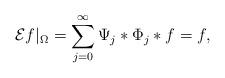
LaTeX: \begin{align*} \mathcal{E}f|_\Omega=\sum_{j=0}^\infty\Psi_j\ast\Phi_j\ast f=f,\end{align*}